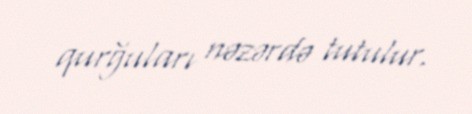
qurğuları nəzərdə tutulur.